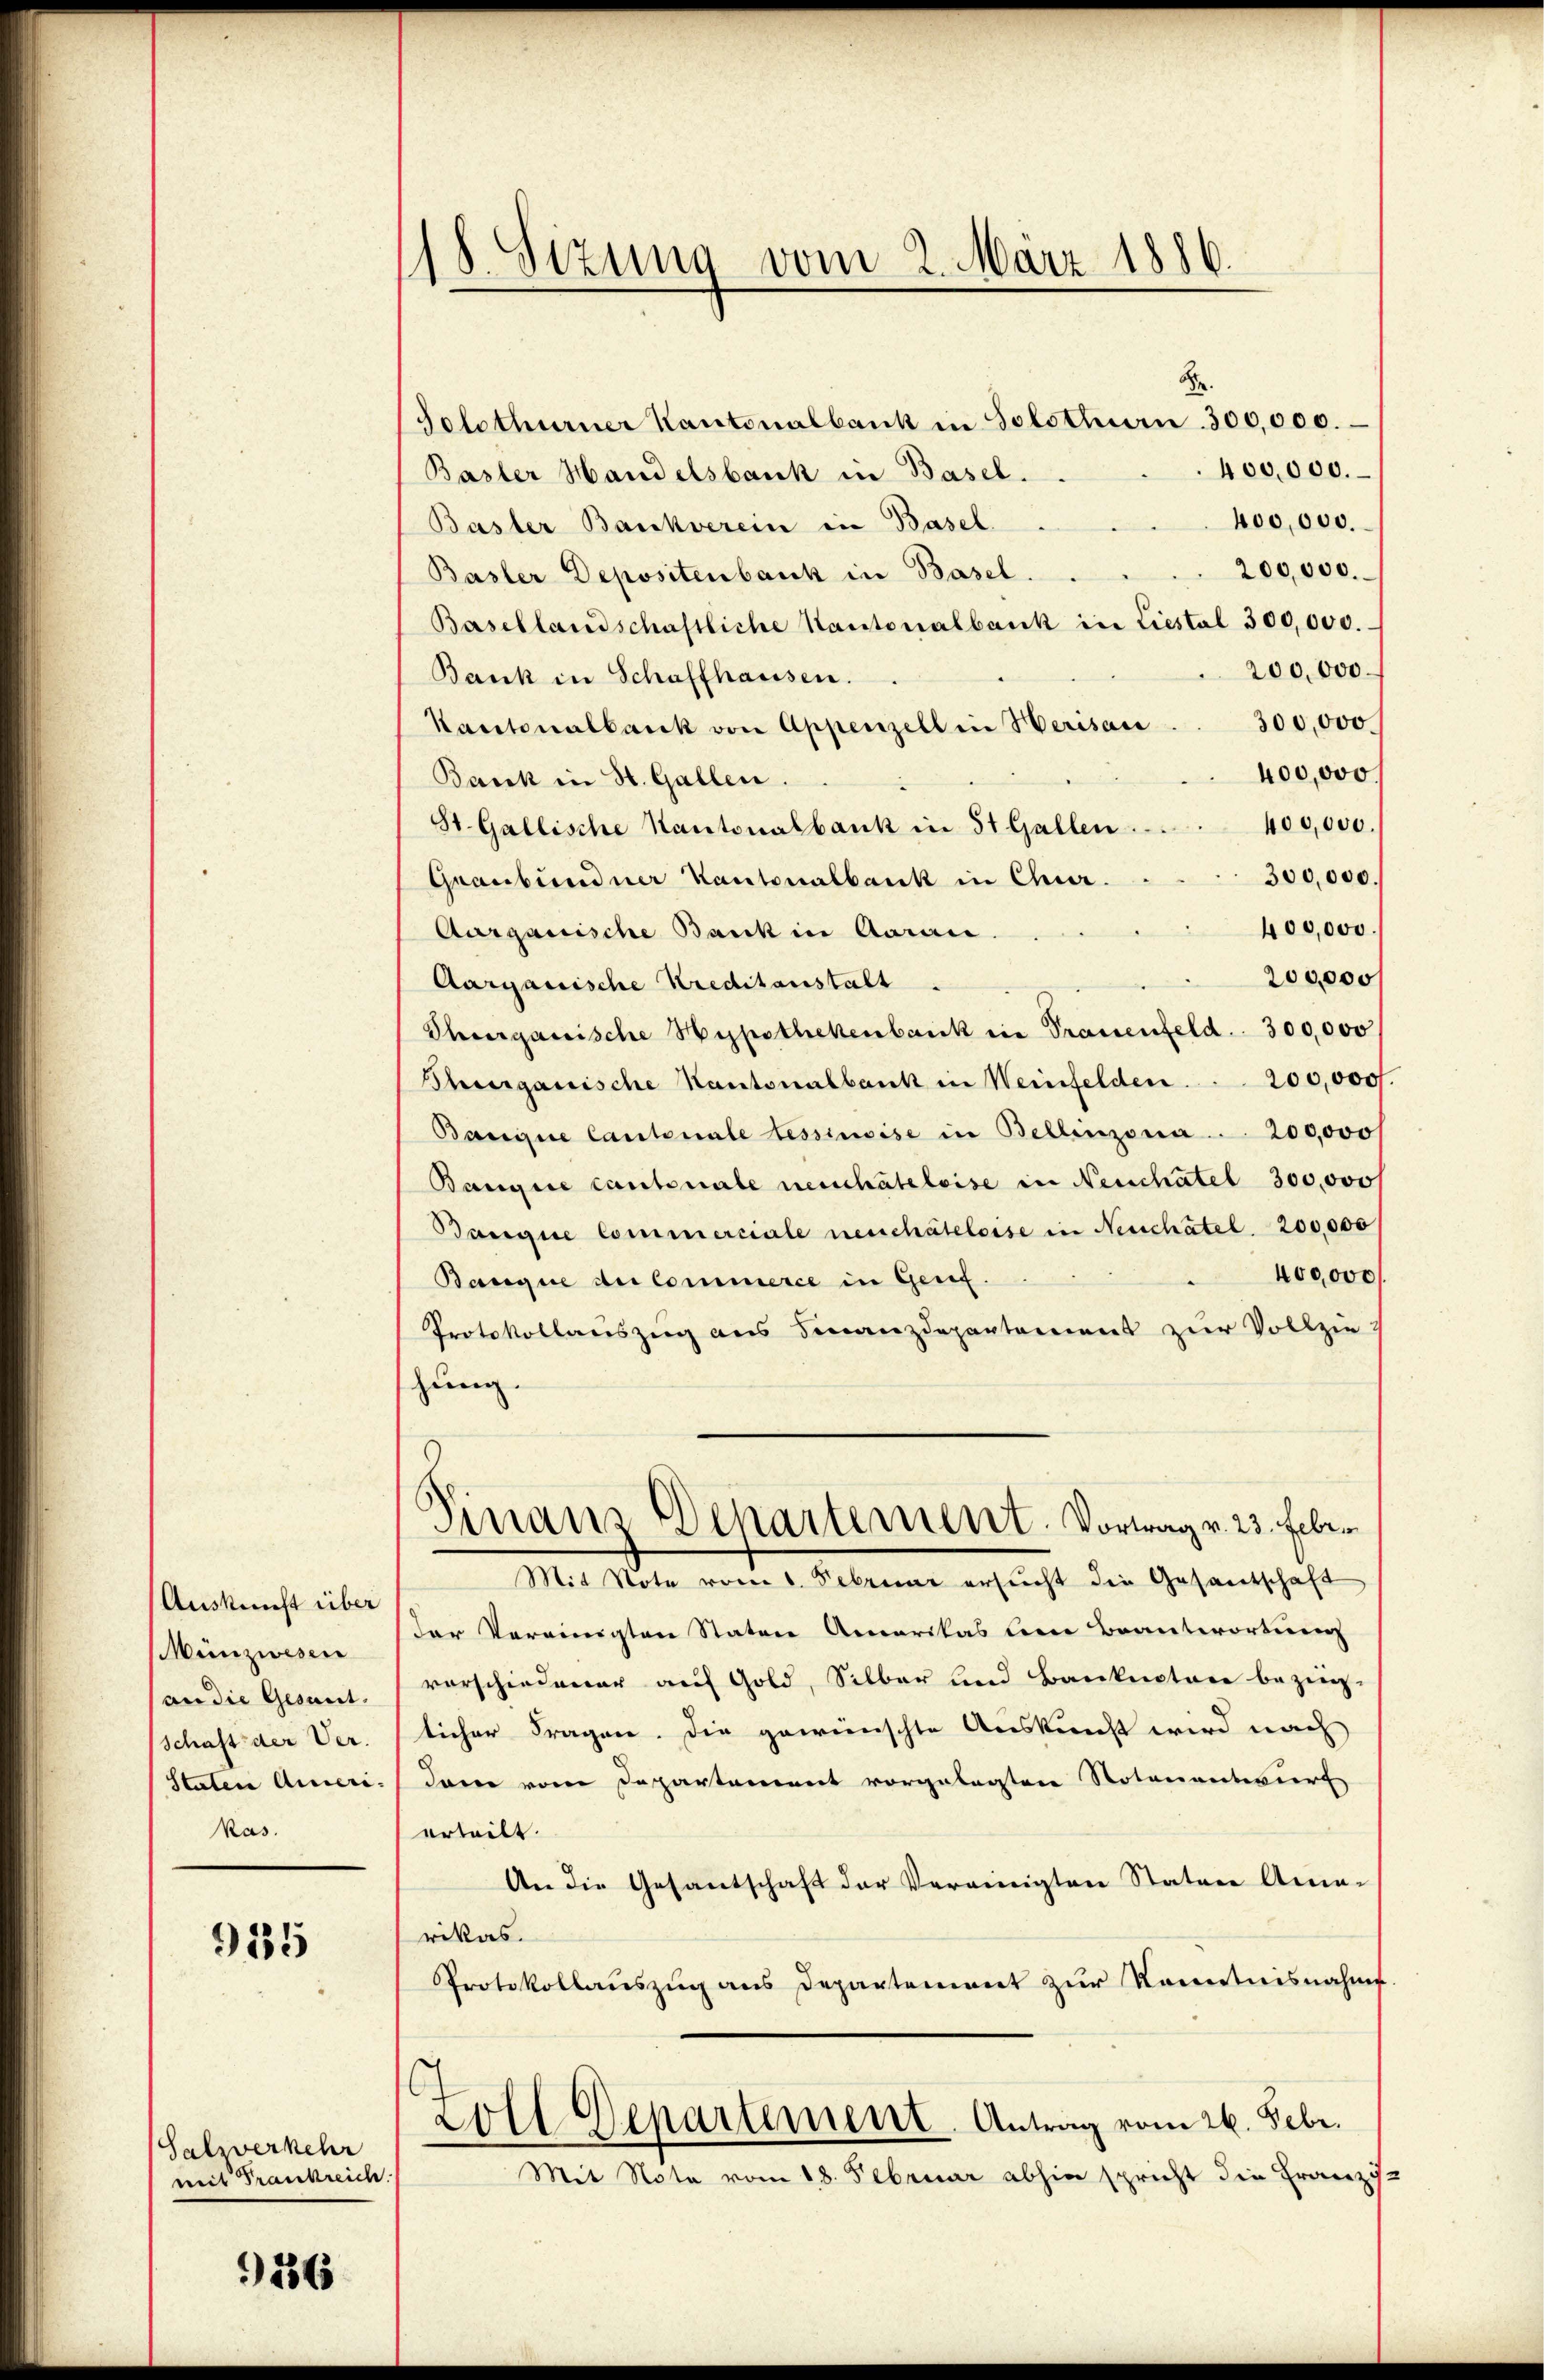
Auskunft über
Münzwesen
andie Gesunt.
Schaft der Ver-
Staten Ameri-
kas.

935

Salwerkehr
mit Frankreich.

936

118. Sizung vom 2. März 1886.

Fr.
Golothurner Kantonalbank in Solothurn. 300,000.
400,000.
Basler Handelsbank in Basel.
400,000.
Basler Bankverein in Basel.
200,000.
Basler Depositenbank in Basel.
Basellandschaftliche Kantonalbank in Liestal 300,000.
200,000
Bank in Schaffhausen.
Kantonalbank von Appenzell in Herisau ... 300,000.
400,000.
Bank in St. Gallen.
400,000
St. Gallische Kantonalbank in 51 Gallen.
300,000.
Graubündner Kantonalbank in Chur.
400,000
Aargauische Bank in Aarau
200,000
Aargauische Kreditanstalt
Thurgauische Hypothekenbank in Trauenfeld. 300,000
Thurgauische Kantonalbank in Weinfelden . . . 200,000.
Banque Cantonale tessimise in Bellinzona. .. 200,000
Bangice Cantonale neuchateleise in Neuchatel 300,000
Banque Commerciale neuchâteleise in Neuchâtel 200,000
400,000
Banque de Commerce in Genf.
Protokollauszug aus Finanzdepartamens zŭr Vollzie
hung.
6
Finanz-Departement. Vortrag v. 23. Febr.
Mit Note vom 1. Februar ersucht die Gesandschaft
Der Vereinigten Staten Amerikas bei Beantwortung
vorschiedener auf Gold, Silber und Bankrectore bezüg-
licher Fragen. Die gewünschte Auskunft wird nach
dann vom Departement vorgelegten Notenentwurf
erteilt.
An die Gesantschaft der Vereinigten Stature Ama-
rikas.
Protokollauszug aus Departement zur Kenntnisnahme
Zoll Departement. Antrag vom 26. Febr.
Mit Nota vom 18. Februar abhin spricht die Franzis